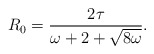
\begin{align*}R_0 =\dfrac{2\tau}{\omega+2+\sqrt{8\omega}}.\end{align*}